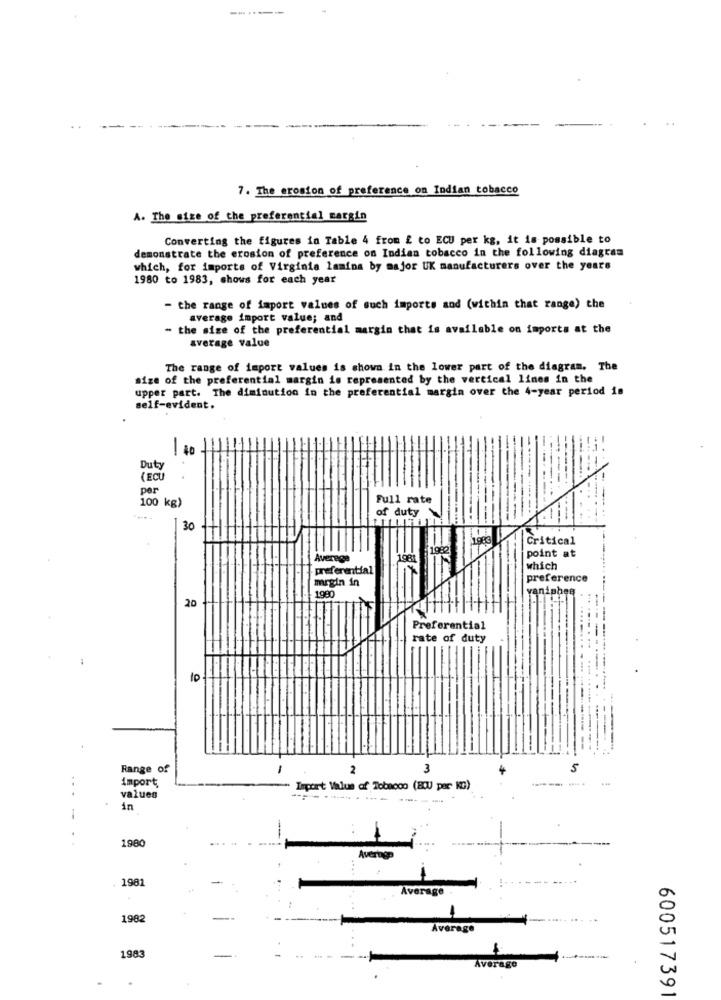
7. The erosion of preference on Indian tobacco
A. The size of the preferential margin
Converting the figures in Table 4 from £ to ECU per kg, it is possible to
demonstrate the erosion of preference on Indian tobacco in the following diagram
which, for imports of Virginia lamina by major UK manufacturers over the years
1980 to 1983, shows for each year
- the range of import values of such imports and (within that range) the
average import value; and
- the size of the preferential margin that is available on imports at the
average value
The range of import values is shown in the lower part of the diagram. The
size of the preferential margin is represented by the vertical lines in the
upper part. The diminution in the preferential margin over the 4-year period is
self-evident.
-
Duty
(ECU
per
100 kg)
Full rate
of duty
30
1983
Critical
1982
point at
Average
1981
preferential
which
mrgin in
preference
1980
vanishes
20
Preferential
rate of duty
10
Range of
-
2
3
5
import
---- --
. 48
Import Value of Tobacco (8QU par KG)
values
-----..... .
in
1980
-
Aven
.. 4
1981
Average
1982
Avera
1983
verage
600517391